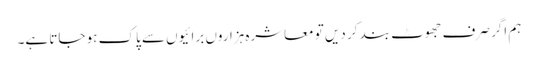
ہم اگر صرف جھوٹ بند کر دیں تو معاشرہ ہزاروں برائیوں سے پاک ہو جاتا ہے۔